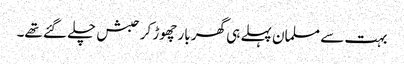
بہت سے مسلمان پہلے ہی گھر بار چھوڑ کر حبش چلے گئے تھے۔